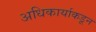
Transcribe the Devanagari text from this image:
अधिकार्याकडून